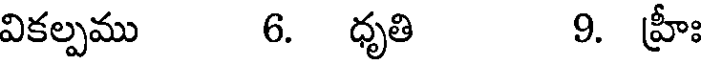
వికల్పము 6. ధృతి 9. హ్రీః